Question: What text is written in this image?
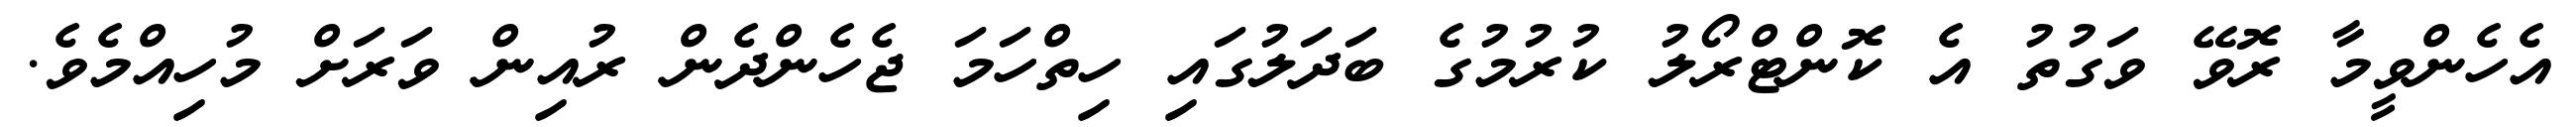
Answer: އެހެންވީމާ ރޮވޭ ވަގުތު އެ ކޮންޓްރޯލު ކުރުމުގެ ބަދަލުގައި ހިތްހަމަ ޖެހެންދެން ރުއިން ވަރަށް މުހިއްމެވެ.